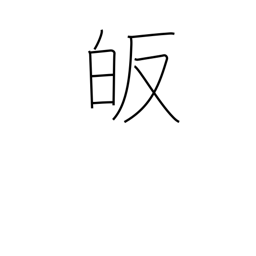
Meaning: lead to